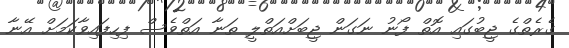
ގެރެތްގެ ޖީބުގައި އޮތް ފޯނު ނަގަން ޖީބަށްއަތްލީ ތަނާ އަތްވެސް ފިހިފައިވާކަމަށް އޭނާ